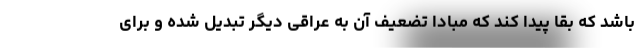
باشد که بقا پیدا کند که مبادا تضعیف آن به عراقی دیگر تبدیل شده و برای